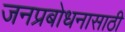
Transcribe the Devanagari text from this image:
जनप्रबोधनासाठी